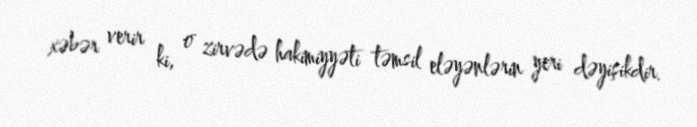
xəbər verir ki, o zirvədə hakimiyyəti təmsil eləyənlərin yeri dəyişikdir.